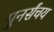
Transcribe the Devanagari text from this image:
पुनर्संचय